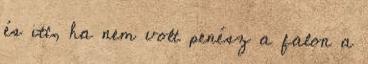
és itt, ha nem volt penész a falon a